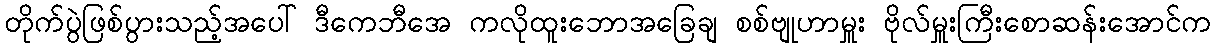
တိုက်ပွဲဖြစ်ပွားသည့်အပေါ် ဒီကေဘီအေ ကလိုထူးဘောအခြေချ စစ်ဗျုဟာမှူး ဗိုလ်မှူးကြီးစောဆန်းအောင်က